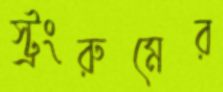
স্ট্রংরুমের